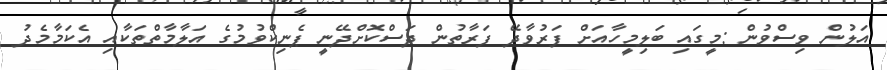
އަލުން ވިސްވުން :މީގައި ބަލިމީހާއަށް ފަރުވާދޭ ފަރާތުން ދަސްކޮށްދޭނީ ޕެނިކްވުމުގެ އަލާމާތްތަކާއި އެކަމާމެދު